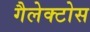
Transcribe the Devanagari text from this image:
गैलेक्टोस